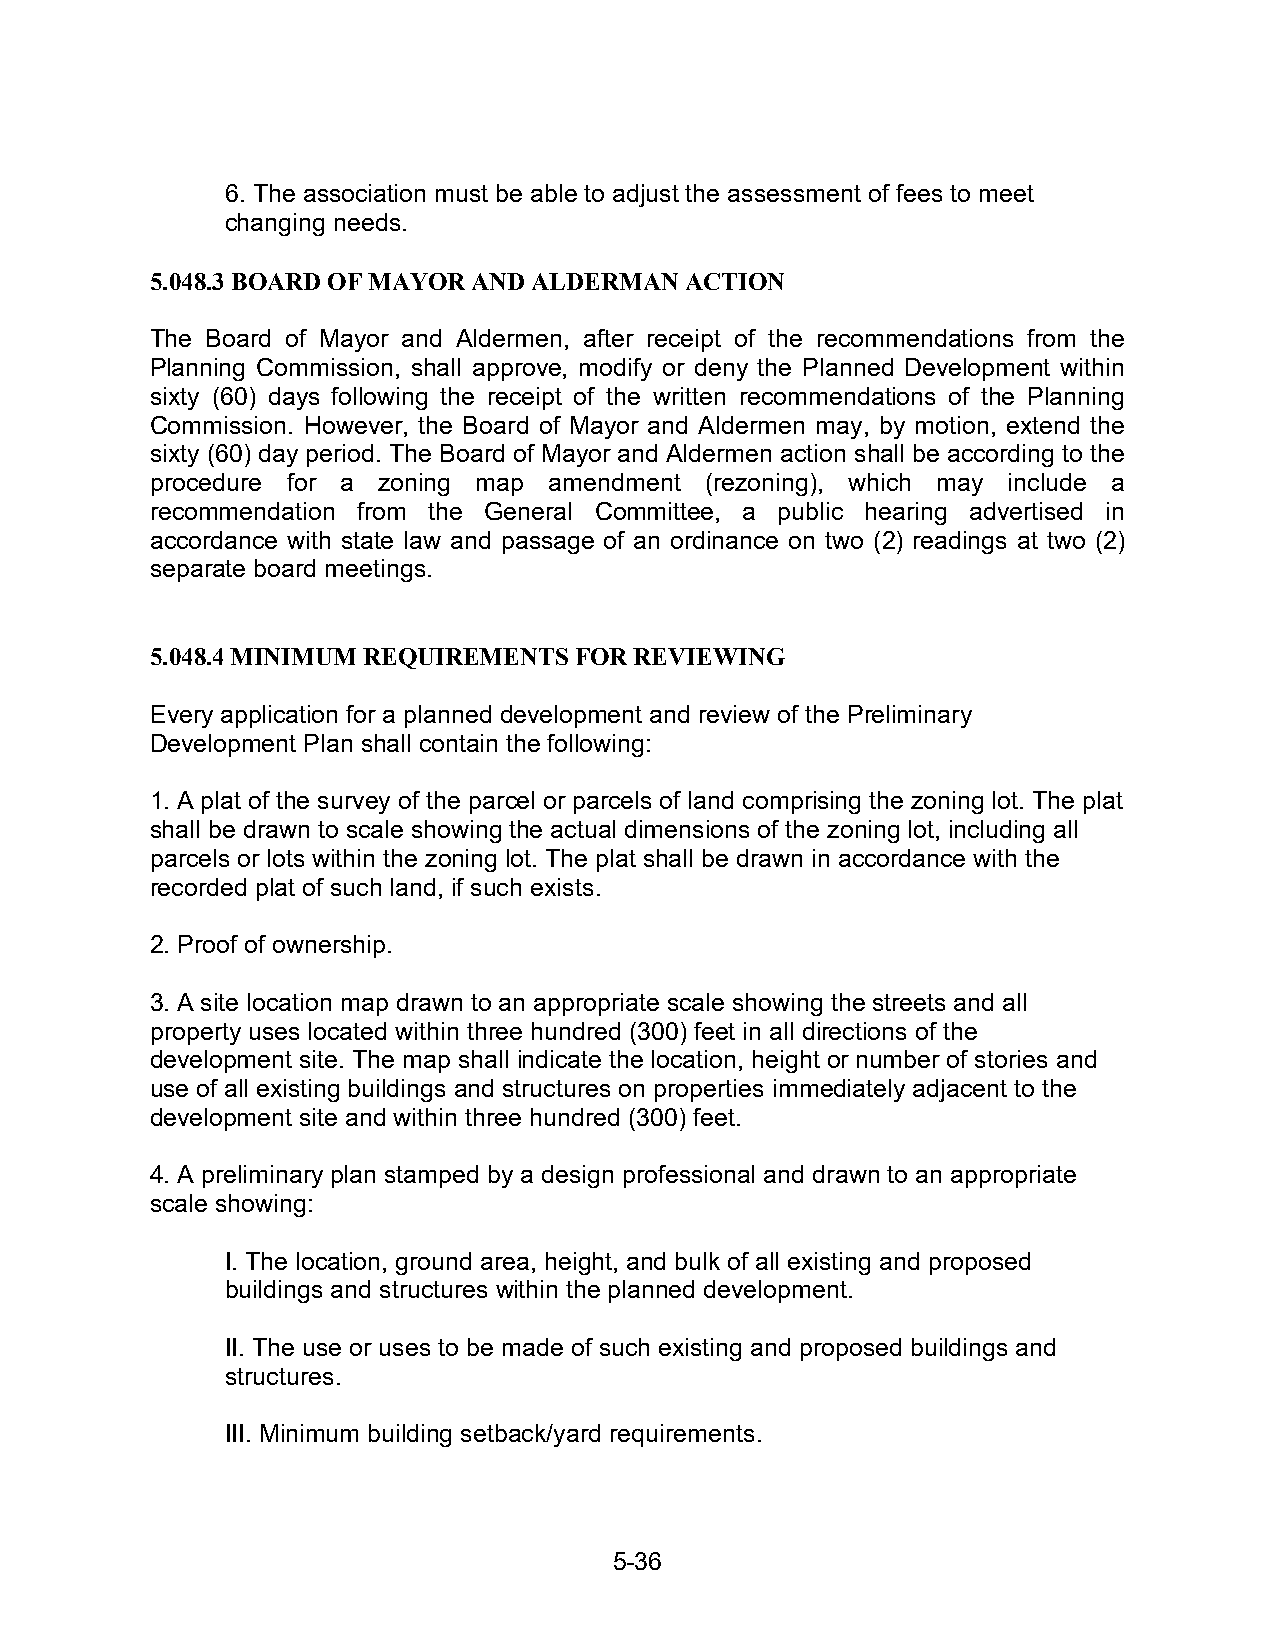
6. The association must be able to adjust the assessment of fees to meet
 changing needs.
 5.048.3 BOARD OF MAYOR AND ALDERMAN ACTION
 The Board of Mayor and Aldermen, after receipt of the recommendations from the
 Planning Commission, shall approve, modify or deny the Planned Development within
 sixty (60) days following the receipt of the written recommendations of the Planning
 Commission. However, the Board of Mayor and Aldermen may, by motion, extend the
 sixty (60) day period. The Board of Mayor and Aldermen action shall be according to the
 procedure for a zoning map amendment (rezoning), which may include a
 recommendation from the General Committee, a public hearing advertised in
 accordance with state law and passage of an ordinance on two (2) readings at two (2)
 separate board meetings.
 5.048.4 MINIMUM REQUIREMENTS FOR REVIEWING
 Every application for a planned development and review of the Preliminary
 Development Plan shall contain the following:
 1. A plat of the survey of the parcel or parcels of land comprising the zoning lot. The plat
 shall be drawn to scale showing the actual dimensions of the zoning lot, including all
 parcels or lots within the zoning lot. The plat shall be drawn in accordance with the
 recorded plat of such land, if such exists.
 2. Proof of ownership.
 3. A site location map drawn to an appropriate scale showing the streets and all
 property uses located within three hundred (300) feet in all directions of the
 development site. The map shall indicate the location, height or number of stories and
 use of all existing buildings and structures on properties immediately adjacent to the
 development site and within three hundred (300) feet.
 4. A preliminary plan stamped by a design professional and drawn to an appropriate
 scale showing:
 I. The location, ground area, height, and bulk of all existing and proposed
 buildings and structures within the planned development.
 II. The use or uses to be made of such existing and proposed buildings and
 structures.
 III. Minimum building setback/yard requirements.
 5-36